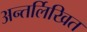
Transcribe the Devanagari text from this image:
अन्तर्लिखित